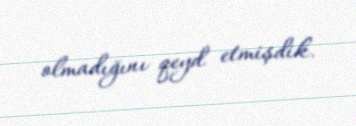
olmadığını qeyd etmişdik.